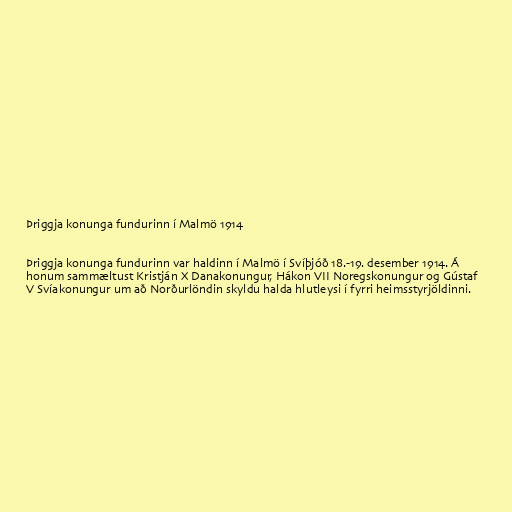
Þriggja konunga fundurinn í Malmö 1914

Þriggja konunga fundurinn var haldinn í Malmö í Svíþjóð 18.-19. desember 1914. Á
honum sammæltust Kristján X Danakonungur, Hákon VII Noregskonungur og Gústaf
V Svíakonungur um að Norðurlöndin skyldu halda hlutleysi í fyrri heimsstyrjöldinni.